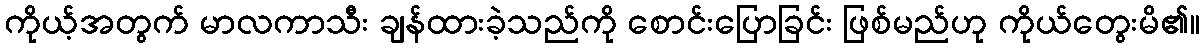
ကိုယ့်အတွက် မာလကာသီး ချန်ထားခဲ့သည်ကို စောင်းပြောခြင်း ဖြစ်မည်ဟု ကိုယ်တွေးမိ၏။